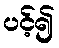
ပင့်၍